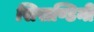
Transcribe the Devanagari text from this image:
सिखण्डिनी